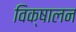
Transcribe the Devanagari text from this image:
विक्षालन